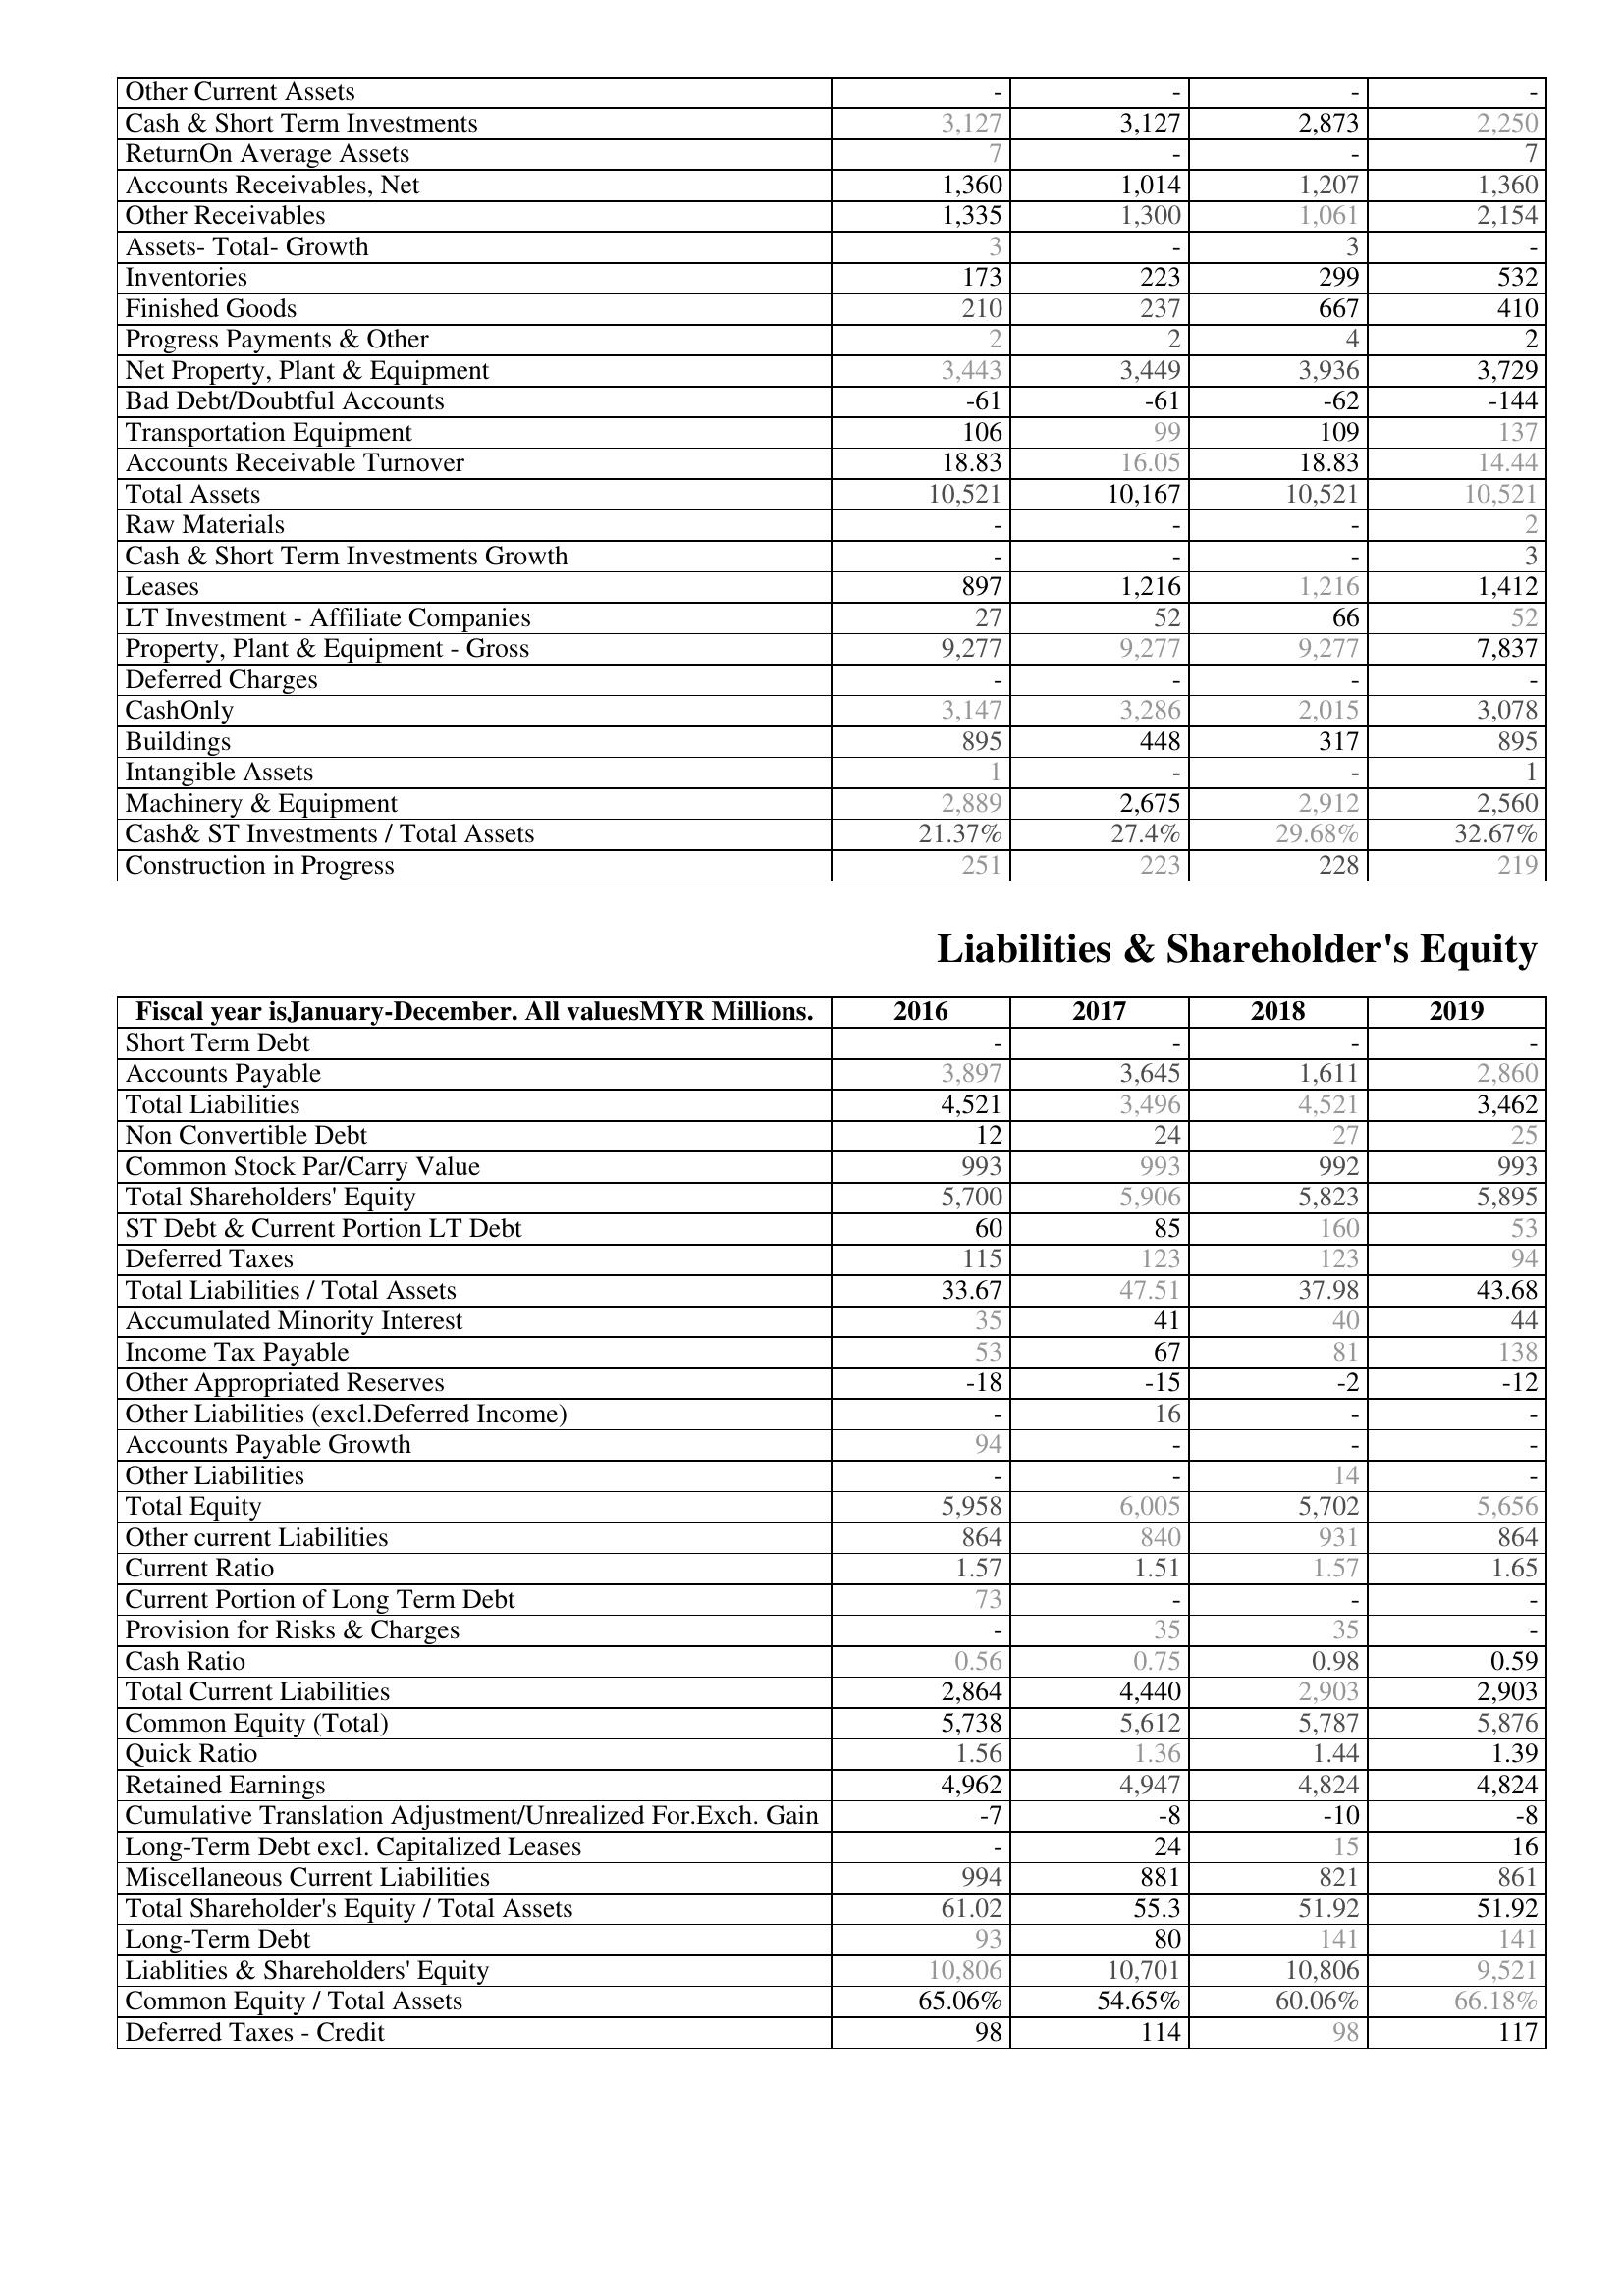
2016: Assets: Other Current Assets: -
Cash & Short Term Investments: 3,127
ReturnOn Average Assets: 7
Accounts Receivables, Net: 1,360
Other Receivables: 1,335
Assets- Total- Growth: 3
Inventories: 173
Finished Goods: 210
Progress Payments & Other: 2
Net Property, Plant & Equipment: 3,443
Bad Debt/Doubtful Accounts: -61
Transportation Equipment: 106
Accounts Receivable Turnover: 18.83
Total Assets: 10,521
Raw Materials: -
Cash & Short Term Investments Growth: -
Leases: 897
LT Investment - Affiliate Companies: 27
Property, Plant & Equipment - Gross : 9,277
Deferred Charges: -
CashOnly: 3,147
Buildings: 895
Intangible Assets: 1
Machinery & Equipment: 2,889
Cash& ST Investments / Total Assets: 21.37%
Construction in Progress: 251
Liabilities & Shareholder's Equity: Short Term Debt: -
Accounts Payable: 3,897
Total Liabilities: 4,521
Non Convertible Debt: 12
Common Stock Par/Carry Value: 993
Total Shareholders' Equity: 5,700
ST Debt & Current Portion LT Debt: 60
Deferred Taxes: 115
Total Liabilities / Total Assets: 33.67
Accumulated Minority Interest: 35
Income Tax Payable: 53
Other Appropriated Reserves: -18
Other Liabilities (excl.Deferred Income): -
Accounts Payable Growth: 94
Other Liabilities: -
Total Equity: 5,958
Other current Liabilities: 864
Current Ratio: 1.57
Current Portion of Long Term Debt: 73
Provision for Risks & Charges: -
Cash Ratio: 0.56
Total Current Liabilities: 2,864
Common Equity (Total): 5,738
Quick Ratio: 1.56
Retained Earnings: 4,962
Cumulative Translation Adjustment/Unrealized For.Exch. Gain: -7
Long-Term Debt excl. Capitalized Leases: -
Miscellaneous Current Liabilities: 994
Total Shareholder's Equity / Total Assets: 61.02
Long-Term Debt: 93
Liablities & Shareholders' Equity: 10,806
Common Equity / Total Assets: 65.06%
Deferred Taxes - Credit: 98
2017: Assets: Other Current Assets: -
Cash & Short Term Investments: 3,127
ReturnOn Average Assets: -
Accounts Receivables, Net: 1,014
Other Receivables: 1,300
Assets- Total- Growth: -
Inventories: 223
Finished Goods: 237
Progress Payments & Other: 2
Net Property, Plant & Equipment: 3,449
Bad Debt/Doubtful Accounts: -61
Transportation Equipment: 99
Accounts Receivable Turnover: 16.05
Total Assets: 10,167
Raw Materials: -
Cash & Short Term Investments Growth: -
Leases: 1,216
LT Investment - Affiliate Companies: 52
Property, Plant & Equipment - Gross : 9,277
Deferred Charges: -
CashOnly: 3,286
Buildings: 448
Intangible Assets: -
Machinery & Equipment: 2,675
Cash& ST Investments / Total Assets: 27.4%
Construction in Progress: 223
Liabilities & Shareholder's Equity: Short Term Debt: -
Accounts Payable: 3,645
Total Liabilities: 3,496
Non Convertible Debt: 24
Common Stock Par/Carry Value: 993
Total Shareholders' Equity: 5,906
ST Debt & Current Portion LT Debt: 85
Deferred Taxes: 123
Total Liabilities / Total Assets: 47.51
Accumulated Minority Interest: 41
Income Tax Payable: 67
Other Appropriated Reserves: -15
Other Liabilities (excl.Deferred Income): 16
Accounts Payable Growth: -
Other Liabilities: -
Total Equity: 6,005
Other current Liabilities: 840
Current Ratio: 1.51
Current Portion of Long Term Debt: -
Provision for Risks & Charges: 35
Cash Ratio: 0.75
Total Current Liabilities: 4,440
Common Equity (Total): 5,612
Quick Ratio: 1.36
Retained Earnings: 4,947
Cumulative Translation Adjustment/Unrealized For.Exch. Gain: -8
Long-Term Debt excl. Capitalized Leases: 24
Miscellaneous Current Liabilities: 881
Total Shareholder's Equity / Total Assets: 55.3
Long-Term Debt: 80
Liablities & Shareholders' Equity: 10,701
Common Equity / Total Assets: 54.65%
Deferred Taxes - Credit: 114
2018: Assets: Other Current Assets: -
Cash & Short Term Investments: 2,873
ReturnOn Average Assets: -
Accounts Receivables, Net: 1,207
Other Receivables: 1,061
Assets- Total- Growth: 3
Inventories: 299
Finished Goods: 667
Progress Payments & Other: 4
Net Property, Plant & Equipment: 3,936
Bad Debt/Doubtful Accounts: -62
Transportation Equipment: 109
Accounts Receivable Turnover: 18.83
Total Assets: 10,521
Raw Materials: -
Cash & Short Term Investments Growth: -
Leases: 1,216
LT Investment - Affiliate Companies: 66
Property, Plant & Equipment - Gross : 9,277
Deferred Charges: -
CashOnly: 2,015
Buildings: 317
Intangible Assets: -
Machinery & Equipment: 2,912
Cash& ST Investments / Total Assets: 29.68%
Construction in Progress: 228
Liabilities & Shareholder's Equity: Short Term Debt: -
Accounts Payable: 1,611
Total Liabilities: 4,521
Non Convertible Debt: 27
Common Stock Par/Carry Value: 992
Total Shareholders' Equity: 5,823
ST Debt & Current Portion LT Debt: 160
Deferred Taxes: 123
Total Liabilities / Total Assets: 37.98
Accumulated Minority Interest: 40
Income Tax Payable: 81
Other Appropriated Reserves: -2
Other Liabilities (excl.Deferred Income): -
Accounts Payable Growth: -
Other Liabilities: 14
Total Equity: 5,702
Other current Liabilities: 931
Current Ratio: 1.57
Current Portion of Long Term Debt: -
Provision for Risks & Charges: 35
Cash Ratio: 0.98
Total Current Liabilities: 2,903
Common Equity (Total): 5,787
Quick Ratio: 1.44
Retained Earnings: 4,824
Cumulative Translation Adjustment/Unrealized For.Exch. Gain: -10
Long-Term Debt excl. Capitalized Leases: 15
Miscellaneous Current Liabilities: 821
Total Shareholder's Equity / Total Assets: 51.92
Long-Term Debt: 141
Liablities & Shareholders' Equity: 10,806
Common Equity / Total Assets: 60.06%
Deferred Taxes - Credit: 98
2019: Assets: Other Current Assets: -
Cash & Short Term Investments: 2,250
ReturnOn Average Assets: 7
Accounts Receivables, Net: 1,360
Other Receivables: 2,154
Assets- Total- Growth: -
Inventories: 532
Finished Goods: 410
Progress Payments & Other: 2
Net Property, Plant & Equipment: 3,729
Bad Debt/Doubtful Accounts: -144
Transportation Equipment: 137
Accounts Receivable Turnover: 14.44
Total Assets: 10,521
Raw Materials: 2
Cash & Short Term Investments Growth: 3
Leases: 1,412
LT Investment - Affiliate Companies: 52
Property, Plant & Equipment - Gross : 7,837
Deferred Charges: -
CashOnly: 3,078
Buildings: 895
Intangible Assets: 1
Machinery & Equipment: 2,560
Cash& ST Investments / Total Assets: 32.67%
Construction in Progress: 219
Liabilities & Shareholder's Equity: Short Term Debt: -
Accounts Payable: 2,860
Total Liabilities: 3,462
Non Convertible Debt: 25
Common Stock Par/Carry Value: 993
Total Shareholders' Equity: 5,895
ST Debt & Current Portion LT Debt: 53
Deferred Taxes: 94
Total Liabilities / Total Assets: 43.68
Accumulated Minority Interest: 44
Income Tax Payable: 138
Other Appropriated Reserves: -12
Other Liabilities (excl.Deferred Income): -
Accounts Payable Growth: -
Other Liabilities: -
Total Equity: 5,656
Other current Liabilities: 864
Current Ratio: 1.65
Current Portion of Long Term Debt: -
Provision for Risks & Charges: -
Cash Ratio: 0.59
Total Current Liabilities: 2,903
Common Equity (Total): 5,876
Quick Ratio: 1.39
Retained Earnings: 4,824
Cumulative Translation Adjustment/Unrealized For.Exch. Gain: -8
Long-Term Debt excl. Capitalized Leases: 16
Miscellaneous Current Liabilities: 861
Total Shareholder's Equity / Total Assets: 51.92
Long-Term Debt: 141
Liablities & Shareholders' Equity: 9,521
Common Equity / Total Assets: 66.18%
Deferred Taxes - Credit: 117